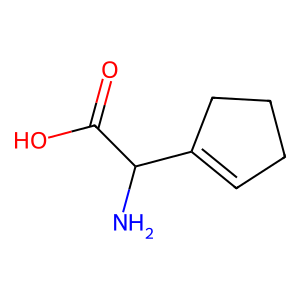
SMILES: NC(C(=O)O)C1=CCCC1
Inhibits HIV replication: No